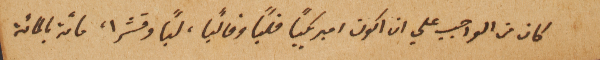
كان من الواجب علي ان اكون اميريكياً قلباً وقالباً، لباً وقشرا، مائة بالمائة